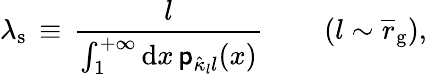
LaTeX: \lambda_{\mathrm{s}}\, \equiv\, \frac{l}{\int_{1}^{+\infty}\mathrm{d}x\, {\mathsf p}_{\hat{\kappa}_{l}l}(x)}\, \quad\quad\left(l\sim\overline{r}_{\mathrm{g}}\right),